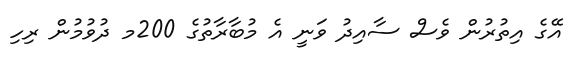
އޭގެ އިތުރުން ވެސް ސާއިދު ވަނީ އެ މުބާރާތުގެ 200މ ދުވުމުން ރިހި